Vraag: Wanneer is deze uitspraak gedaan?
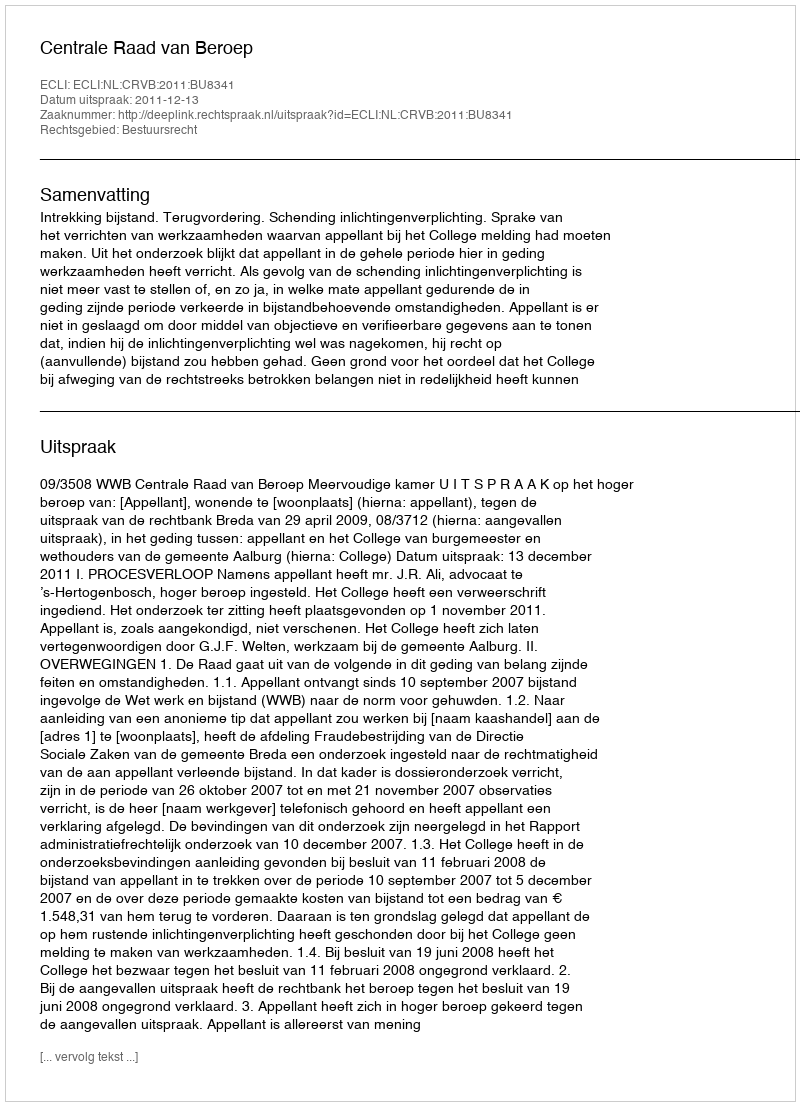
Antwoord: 2011-12-13